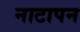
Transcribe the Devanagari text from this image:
नाटापन